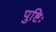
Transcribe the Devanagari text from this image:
पुष्टिः